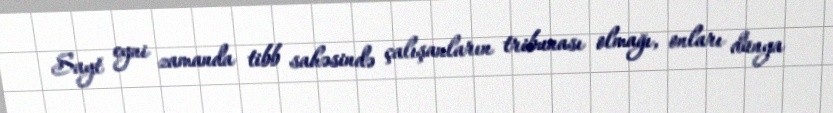
Sayt eyni zamanda tibb sahəsində çalışanların tribunası olmağı, onları dünya